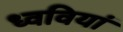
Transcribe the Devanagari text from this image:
ध्ववियां